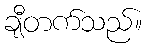
ချီတက်သည်။